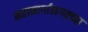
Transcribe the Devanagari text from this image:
महामार्गालगतच्या